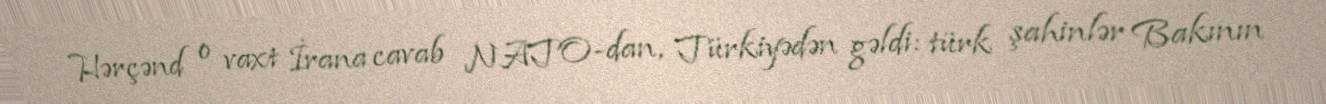
Hərçənd o vaxt İrana cavab NATO-dan, Türkiyədən gəldi: türk şahinlər Bakının